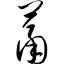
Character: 萧